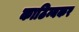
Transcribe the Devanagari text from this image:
काठिन्यकर